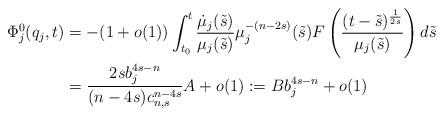
LaTeX: \begin{align*}\begin{aligned}\Phi^0_j(q_j, t) &= -(1+o(1))\int_{t_0}^{t}\frac{\dot{\mu}_j(\tilde{s})}{\mu_j(\tilde{s})}\mu_j^{-(n-2s)}(\tilde{s})F\left(\frac{(t-\tilde{s})^{\frac{1}{2s}}}{\mu_j(\tilde{s})}\right)d\tilde{s} \\&= \frac{2s b_j^{4s-n}}{(n-4s)c_{n,s}^{n-4s}}A + o(1):= B b_j^{4s-n}+ o(1)\end{aligned}\end{align*}